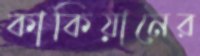
কাকিয়ানের